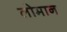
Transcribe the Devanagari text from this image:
लोमान